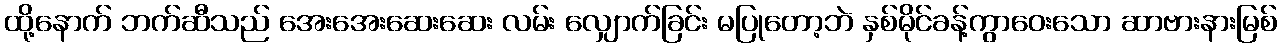
ထို့နောက် ဘက်ဆီသည် အေးအေးဆေးဆေး လမ်း လျှောက်ခြင်း မပြုတော့ဘဲ နှစ်မိုင်ခန့်ကွာဝေးသော ဆာဗားနားမြစ်